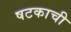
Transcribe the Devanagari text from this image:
षटकाची